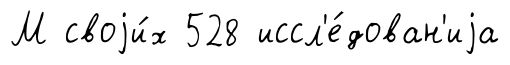
М своjи́х 528 иссл'е́дован'иjа